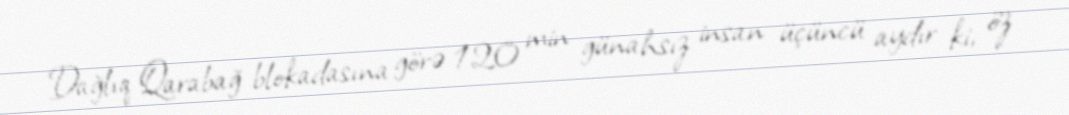
Dağlıq Qarabağ blokadasına görə 120 min günahsız insan üçüncü aydır ki, öz